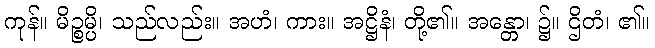
ကုန်။ မိဉ္စမ္ပိ၊ သည်လည်း။ အဟံ၊ ကား။ အဋ္ဌိနံ၊ တို့၏။ အန္တော၊ ၌။ ဌိတံ၊ ၏။